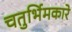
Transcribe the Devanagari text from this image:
चतुर्भिमकारे